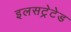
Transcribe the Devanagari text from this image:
इलसट्रेटेड